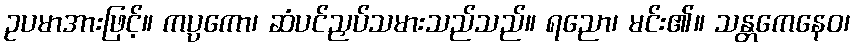
ဥပမာအားဖြင့်။ ကပ္ပကော၊ ဆံပင်ညှပ်သမားသည်သည်။ ရညော၊ မင်း၏။ သန္တကေနေဝ၊